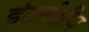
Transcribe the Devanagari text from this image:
इंटर्नशीप